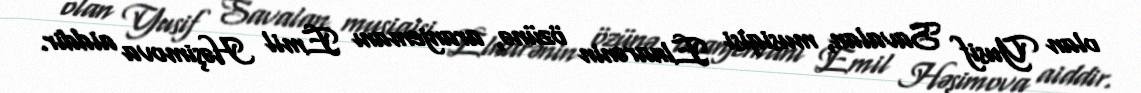
olan Yusif Savalan, musiqisi Elnarənin özünə, aranjemanı Emil Həşimova aiddir.